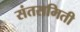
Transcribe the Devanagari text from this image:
संतसमिती